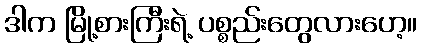
ဒါက မြို့စားကြီးရဲ့ ပစ္စည်းတွေလားဟေ့။